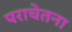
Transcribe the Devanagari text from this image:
पराचेतना